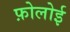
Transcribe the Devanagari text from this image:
फ़ोलोई